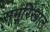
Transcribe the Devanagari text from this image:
समूरिखाल